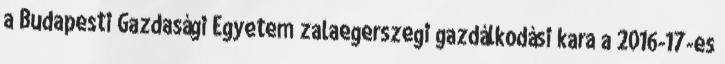
a Budapesti Gazdasági Egyetem zalaegerszegi gazdálkodási kara a 2016-17-es